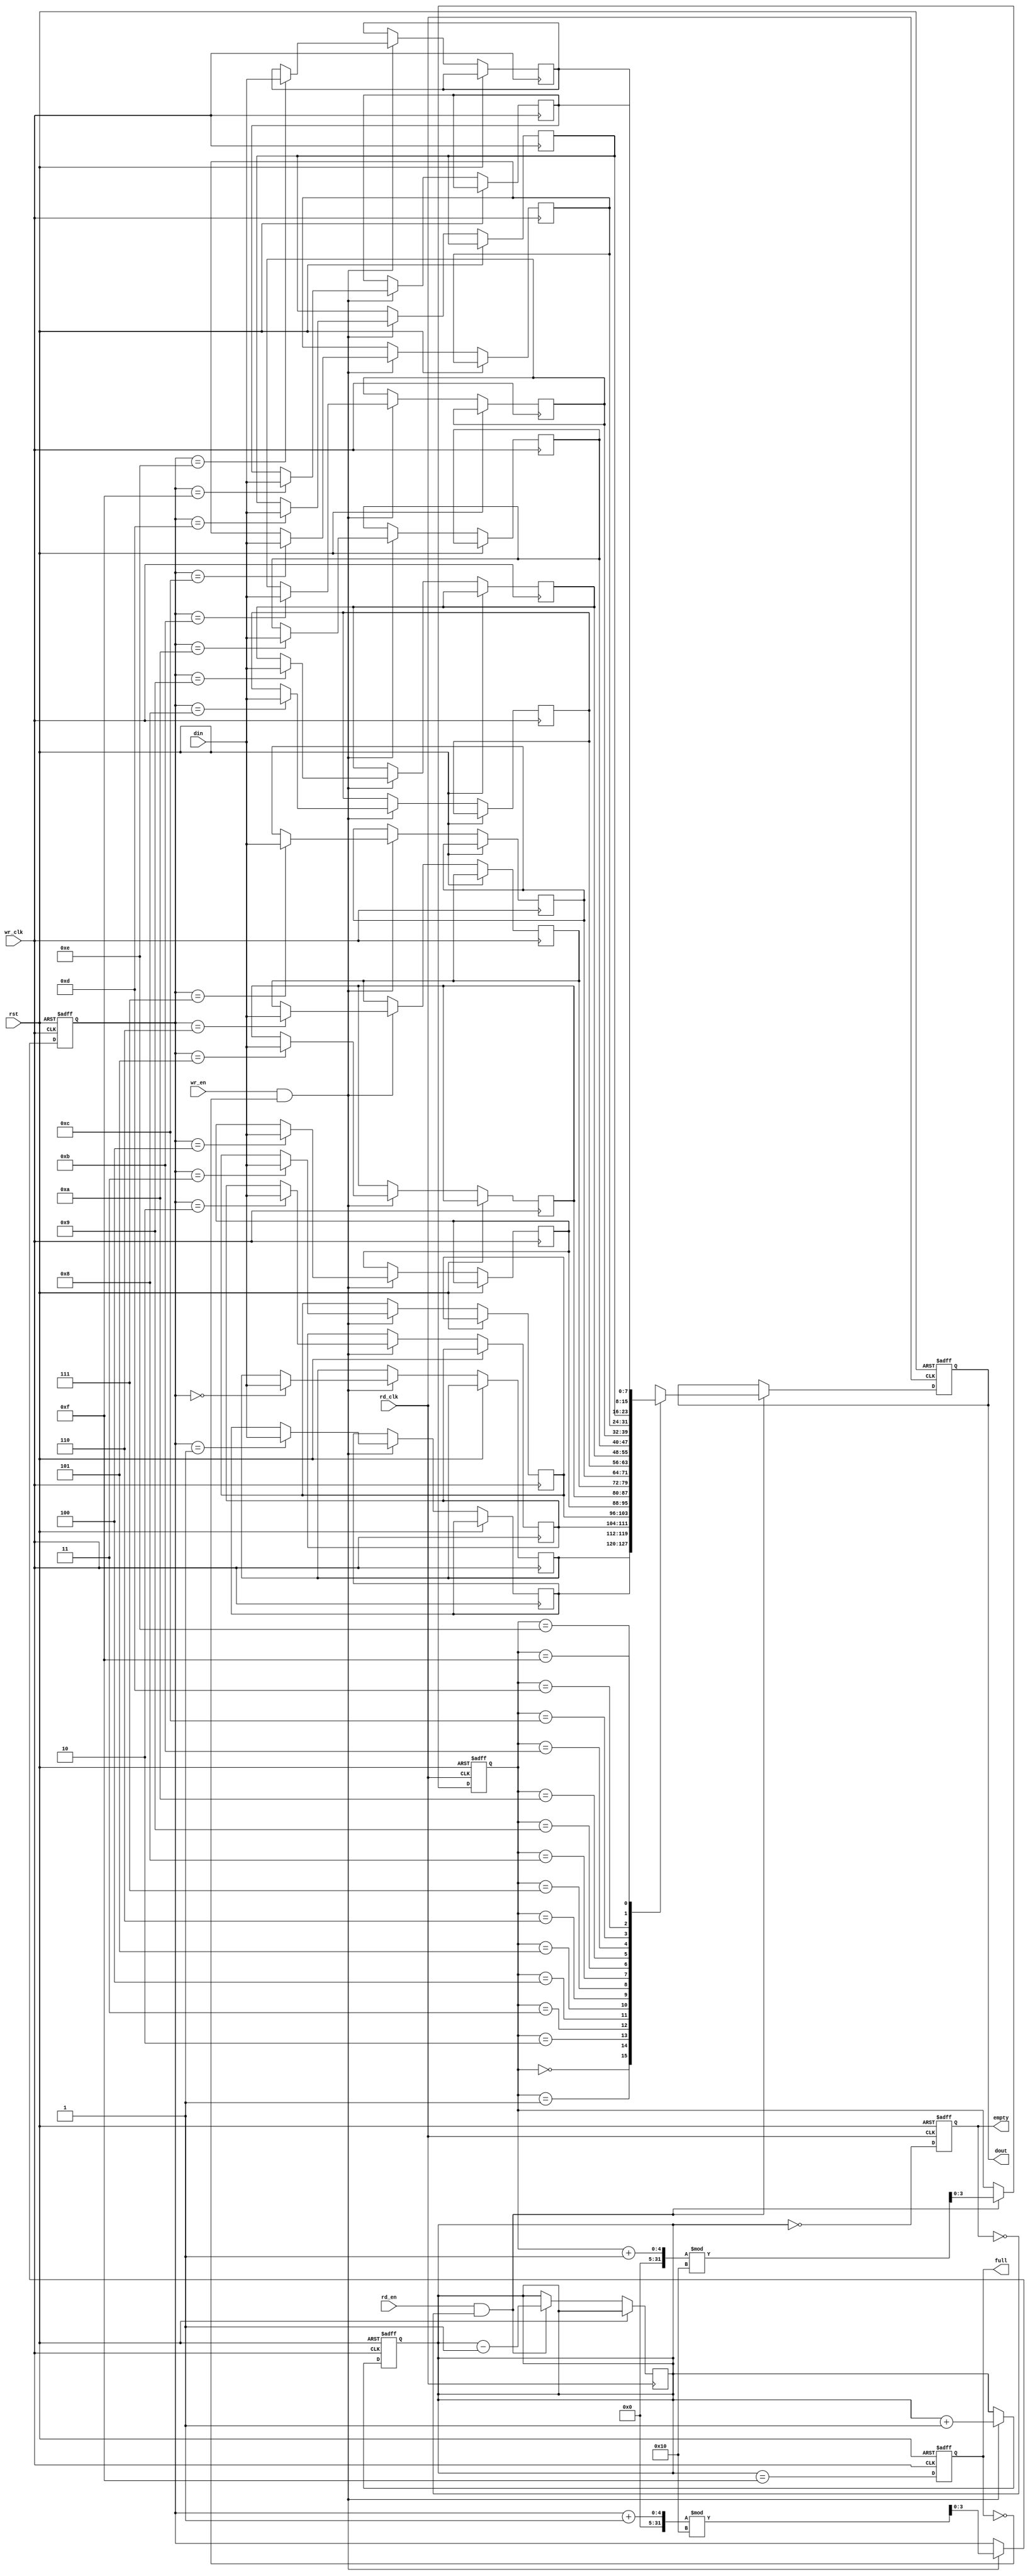
module dual_clock_fifo #(
    parameter DATA_WIDTH = 8,  // Width of each data entry
    parameter FIFO_DEPTH = 16   // Depth of the FIFO (number of entries)
)(
    input wire wr_clk,           // Write clock
    input wire rd_clk,           // Read clock
    input wire rst,              // Reset signal
    input wire wr_en,            // Write enable
    input wire rd_en,            // Read enable
    input wire [DATA_WIDTH-1:0] din, // Data input
    output reg [DATA_WIDTH-1:0] dout, // Data output
    output reg full,             // FIFO full flag
    output reg empty             // FIFO empty flag
);

    // Memory array for FIFO
    reg [DATA_WIDTH-1:0] fifo_mem [0:FIFO_DEPTH-1];

    // Write pointer and read pointer
    reg [$clog2(FIFO_DEPTH)-1:0] wr_ptr;
    reg [$clog2(FIFO_DEPTH)-1:0] rd_ptr;
    reg [$clog2(FIFO_DEPTH+1)-1:0] count; // Count of entries in FIFO

    // Asynchronous reset
    always @(posedge wr_clk or posedge rst) begin
        if (rst) begin
            wr_ptr <= 0;
            count <= 0;
            full <= 0;
        end else begin
            if (wr_en && !full) begin
                fifo_mem[wr_ptr] <= din; // Write data to FIFO
                wr_ptr <= (wr_ptr + 1) % FIFO_DEPTH; // Increment write pointer
                count <= count + 1; // Increment count
            end
            // Update full flag
            full <= (count == FIFO_DEPTH - 1);
        end
    end

    // Read logic
    always @(posedge rd_clk or posedge rst) begin
        if (rst) begin
            rd_ptr <= 0;
            dout <= 0;
            empty <= 1;
        end else begin
            if (rd_en && !empty) begin
                dout <= fifo_mem[rd_ptr]; // Read data from FIFO
                rd_ptr <= (rd_ptr + 1) % FIFO_DEPTH; // Increment read pointer
                count <= count - 1; // Decrement count
            end
            // Update empty flag
            empty <= (count == 0);
        end
    end

endmodule